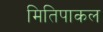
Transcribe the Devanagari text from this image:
मितिपाकल